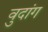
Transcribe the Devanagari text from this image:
वुदांग